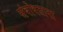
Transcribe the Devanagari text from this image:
संबोधताना